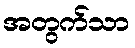
အတွက်သာ